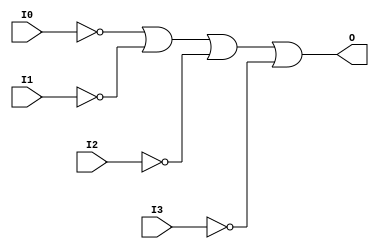
// $Header: /devl/xcs/repo/env/Databases/CAEInterfaces/verunilibs/data/unisims/OR4B4.v,v 1.5.158.1 2007/03/09 18:13:16 patrickp Exp $
///////////////////////////////////////////////////////////////////////////////
// Copyright (c) 1995/2004 Xilinx, Inc.
// All Right Reserved.
///////////////////////////////////////////////////////////////////////////////
//   ____  ____
//  /   /\/   /
// /___/  \  /    Vendor : Xilinx
// \   \   \/     Version : 8.1i (I.13)
//  \   \         Description : Xilinx Functional Simulation Library Component
//  /   /                  4-input OR Gate
// /___/   /\     Filename : OR4B4.v
// \   \  /  \    Timestamp : Thu Mar 25 16:43:31 PST 2004
//  \___\/\___\
//
// Revision:
//    03/23/04 - Initial version.
// End Revision

`timescale  100 ps / 10 ps


module OR4B4 (O, I0, I1, I2, I3);

    output O;

    input  I0, I1, I2, I3;

    not N3 (i3_inv, I3);
    not N2 (i2_inv, I2);
    not N1 (i1_inv, I1);
    not N0 (i0_inv, I0);
    or O1 (O, i0_inv, i1_inv, i2_inv, i3_inv);


endmodule